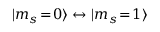
| m _ { s } \! = \! 0 \rangle \leftrightarrow | m _ { s } \! = \! 1 \rangle